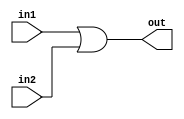
`timescale 1ns / 1ps
//////////////////////////////////////////////////////////////////////////////////
// Company: 
// Engineer: 
// 
// Design Name: 
// Module Name: or2
// Project Name: 
// Target Devices: 
// Tool Versions: 
// Description: 
// 
// Dependencies: 
// 
// Revision:
// Revision 0.01 - File Created
// Additional Comments:
// 
//////////////////////////////////////////////////////////////////////////////////


module or2(
    input in1,
    input in2,
    output out
    );
    
    assign out = in1 | in2;
    
endmodule